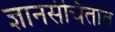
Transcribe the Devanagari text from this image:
ज्ञानसंचितात